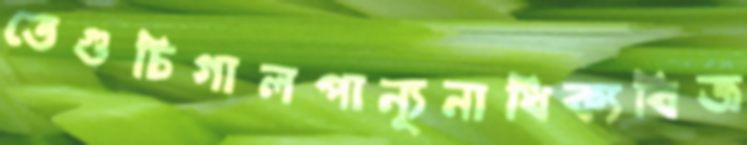
তেগুচিগালপান্যূনাধিক্যবিজ